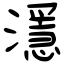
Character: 濦